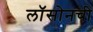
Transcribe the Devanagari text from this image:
लॉसोनची